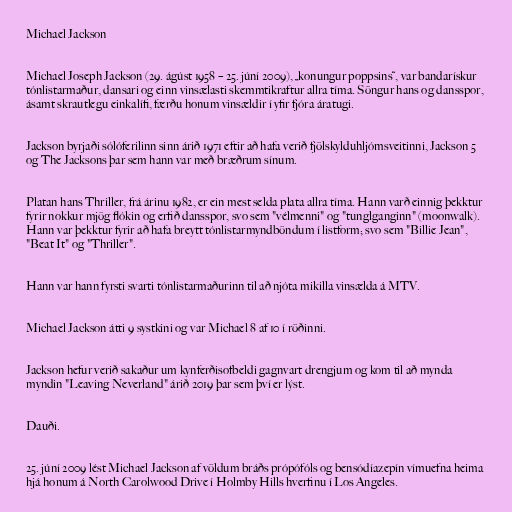
Michael Jackson

Michael Joseph Jackson (29. ágúst 1958 – 25. júní 2009), „konungur poppsins“, var bandarískur
tónlistarmaður, dansari og einn vinsælasti skemmtikraftur allra tíma. Söngur hans og dansspor,
ásamt skrautlegu einkalífi, færðu honum vinsældir í yfir fjóra áratugi.

Jackson byrjaði sólóferilinn sinn árið 1971 eftir að hafa verið fjölskylduhljómsveitinni, Jackson 5
og The Jacksons þar sem hann var með bræðrum sínum.

Platan hans Thriller, frá árinu 1982, er ein mest selda plata allra tíma. Hann varð einnig þekktur
fyrir nokkur mjög flókin og erfið dansspor, svo sem "vélmenni" og "tunglganginn" (moonwalk).
Hann var þekktur fyrir að hafa breytt tónlistarmyndböndum í listform; svo sem "Billie Jean",
"Beat It" og "Thriller".

Hann var hann fyrsti svarti tónlistarmaðurinn til að njóta mikilla vinsælda á MTV.

Michael Jackson átti 9 systkini og var Michael 8 af 10 í röðinni.

Jackson hefur verið sakaður um kynferðisofbeldi gagnvart drengjum og kom til að mynda
myndin "Leaving Neverland" árið 2019 þar sem því er lýst.

Dauði.

25. júní 2009 lést Michael Jackson af völdum bráðs própófóls og bensódíazepín vímuefna heima
hjá honum á North Carolwood Drive í Holmby Hills hverfinu í Los Angeles.